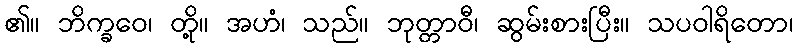
၏။ ဘိက္ခဝေ၊ တို့။ အဟံ၊ သည်။ ဘုတ္တာဝီ၊ ဆွမ်းစားပြီး။ သပဝါရိတော၊